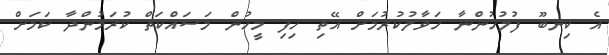
އެ ކިނބޫ ފުލުހުންނާ ހަވާލުކުރުމަށް އޭތި ހިފި މީހުން މަސައްކަތް ކުރަމުންދާ ކަމަށް